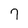
Character: 7